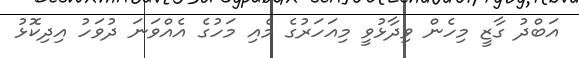
އަބްދު ގާޒީ މިހެން ވިދާޅުވީ މިއަހަރުގެ މެއި މަހުގެ އެއްވަނަ ދުވަހު އިދިކޮޅު